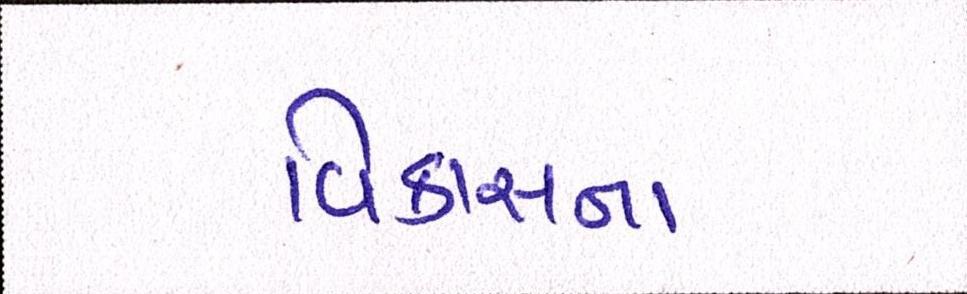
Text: વિકાસના